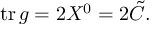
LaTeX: \mathrm { t r } \, g = 2 X ^ { 0 } = 2 { \tilde { C } } .